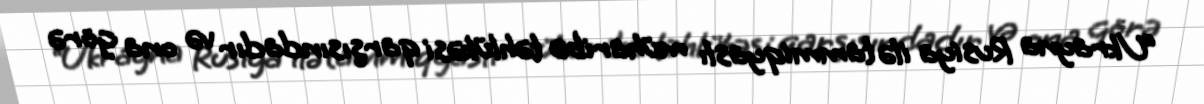
“Ukrayna Rusiya ilə tammiqyaslı müharibə təhlükəsi qarşısındadır və ona görə